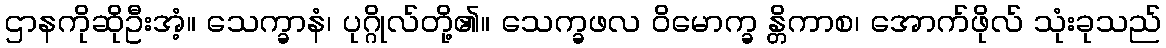
ဌာနကိုဆိုဦးအံ့။ သေက္ခာနံ၊ ပုဂ္ဂိုလ်တို့၏။ သေက္ခဖလ ဝိမောက္ခ န္တိကာစ၊ အောက်ဖိုလ် သုံးခုသည်